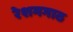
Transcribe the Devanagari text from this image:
रेशमगाठ